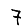
Digit: 7